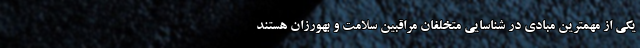
یکی از مهمترین مبادی در شناسایی متخلفان مراقبین سلامت و بهورزان هستند